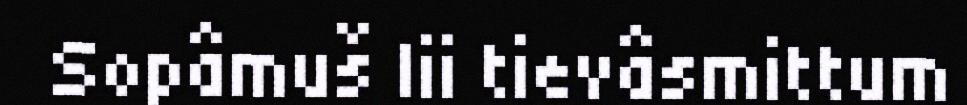
Sopâmuš lii tievâsmittum